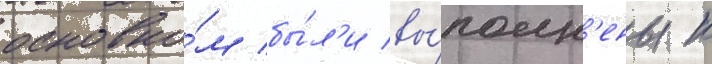
основно́м бы́л'и вы́полн'ены к